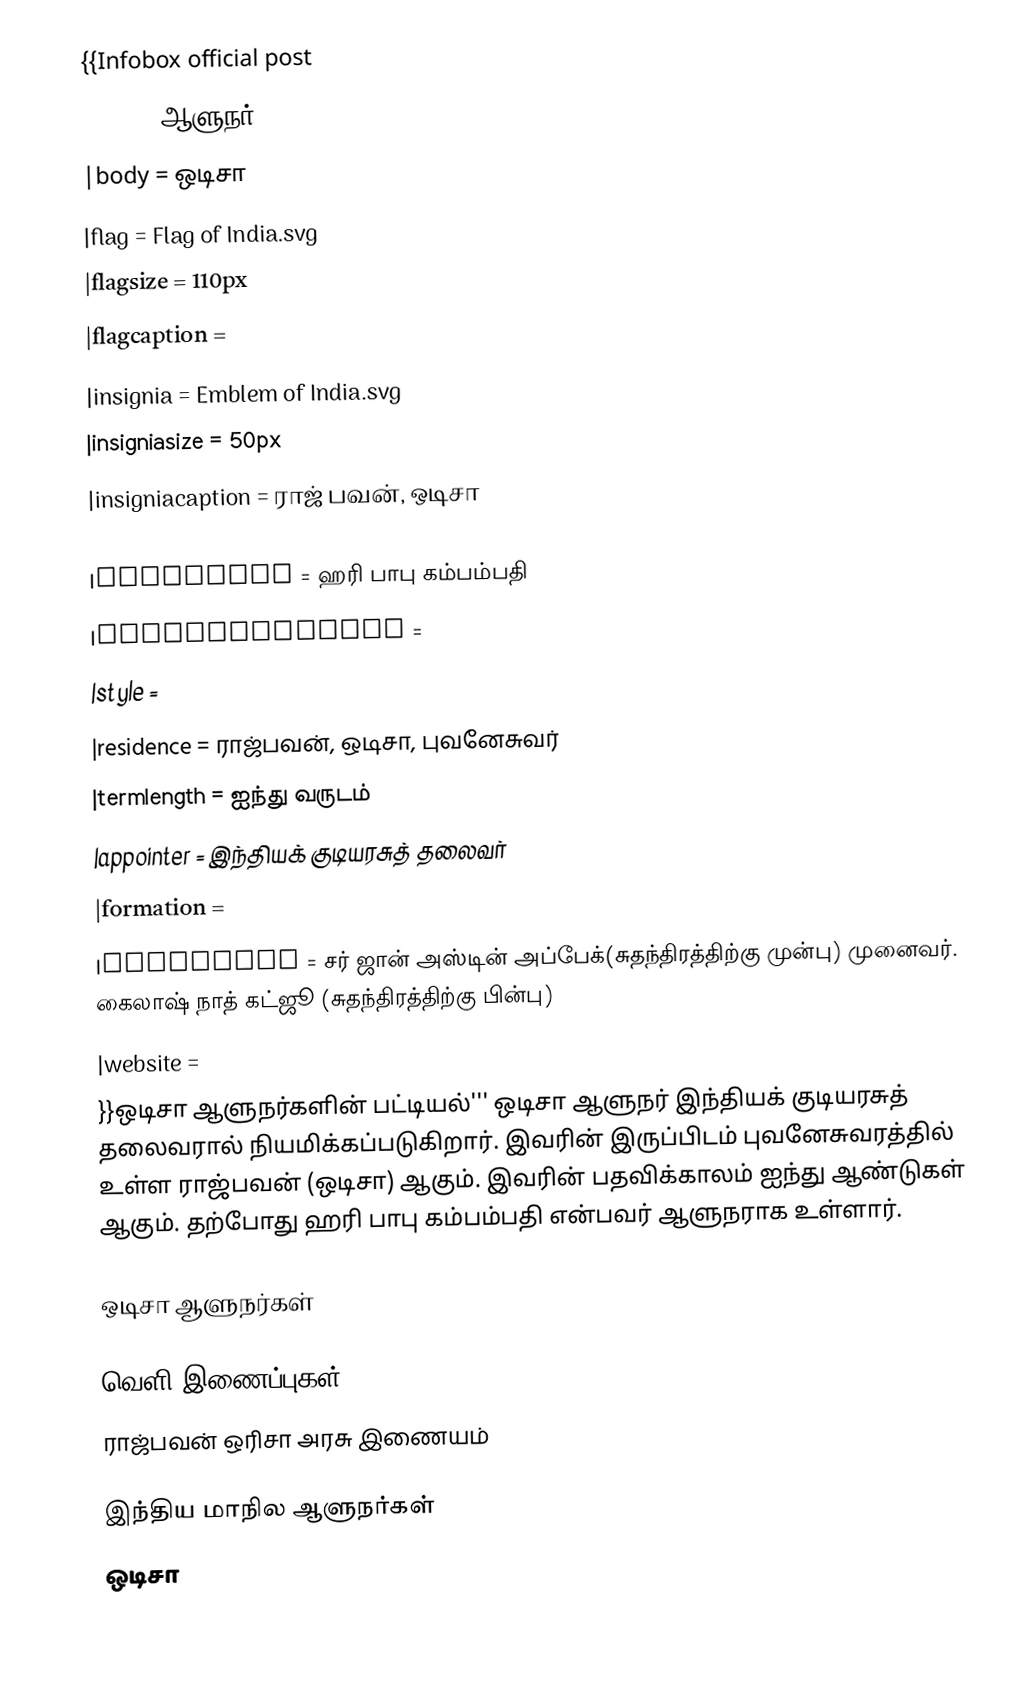
{{Infobox official post
|post            = ஆளுநர்
|body            = ஒடிசா
|flag            = Flag of India.svg
|flagsize        = 110px
|flagcaption     =
|insignia        = Emblem of India.svg
|insigniasize    = 50px
|insigniacaption =  ராஜ் பவன், ஒடிசா
|image = Shri Kambhampati Hari Babu.jpg
|incumbent       = ஹரி பாபு கம்பம்பதி
|incumbentsince  =
|style           =
|residence       = ராஜ்பவன், ஒடிசா, புவனேசுவர்
|termlength      = ஐந்து வருடம்
|appointer       = இந்தியக் குடியரசுத் தலைவர்
|formation       =
|inaugural       = சர் ஜான் அஸ்டின் அப்பேக்(சுதந்திரத்திற்கு முன்பு) முனைவர். கைலாஷ் நாத் கட்ஜூ (சுதந்திரத்திற்கு பின்பு)
|website         =
}}ஒடிசா ஆளுநர்களின் பட்டியல்''' ஒடிசா ஆளுநர் இந்தியக் குடியரசுத் தலைவரால் நியமிக்கப்படுகிறார். இவரின் இருப்பிடம் புவனேசுவரத்தில் உள்ள ராஜ்பவன் (ஒடிசா) ஆகும். இவரின் பதவிக்காலம் ஐந்து ஆண்டுகள் ஆகும். தற்போது ஹரி பாபு கம்பம்பதி என்பவர் ஆளுநராக உள்ளார்.

ஒடிசா ஆளுநர்கள்

வெளி இணைப்புகள்
 ராஜ்பவன் ஒரிசா அரசு இணையம்

இந்திய மாநில ஆளுநர்கள்
ஒடிசா